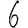
Digit: 6